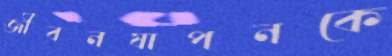
জীবনযাপনকে